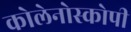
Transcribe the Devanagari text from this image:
कोलेनोस्कोपी